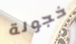
خجولة